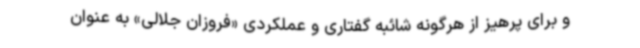
و برای پرهیز از هرگونه شائبه گفتاری و عملکردی «فروزان جلالی» به عنوان